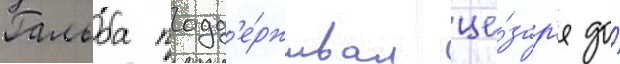
Гальба подд'е́рживал це́зар'я до́